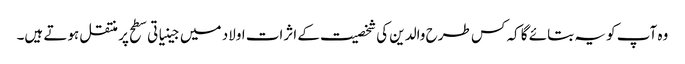
وہ آپ کو یہ بتائے گا کہ کس طرح والدین کی شخصیت کے اثرات اولاد میں جینیاتی سطح پر منتقل ہوتے ہیں۔